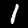
Label: 1